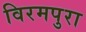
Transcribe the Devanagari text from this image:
विरमपुरा